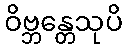
ဝိဗ္ဘန္တေသုပိ